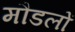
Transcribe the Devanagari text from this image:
मौडलों